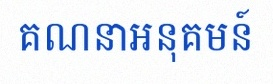
គណនាអនុគមន៍